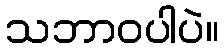
သဘာဝပါပဲ။